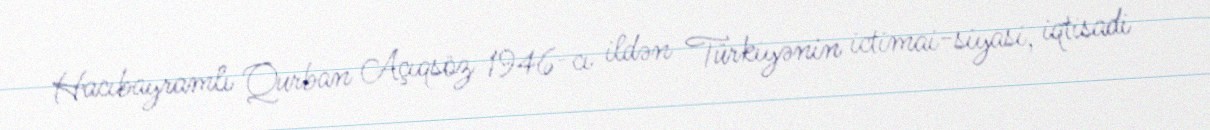
Hacıbayramlı Qurban Açıqsöz 1946-cı ildən Türkiyənin ictimai-siyasi, iqtisadi